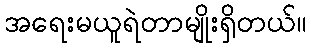
အရေးမယူရဲတာမျိုးရှိတယ်။